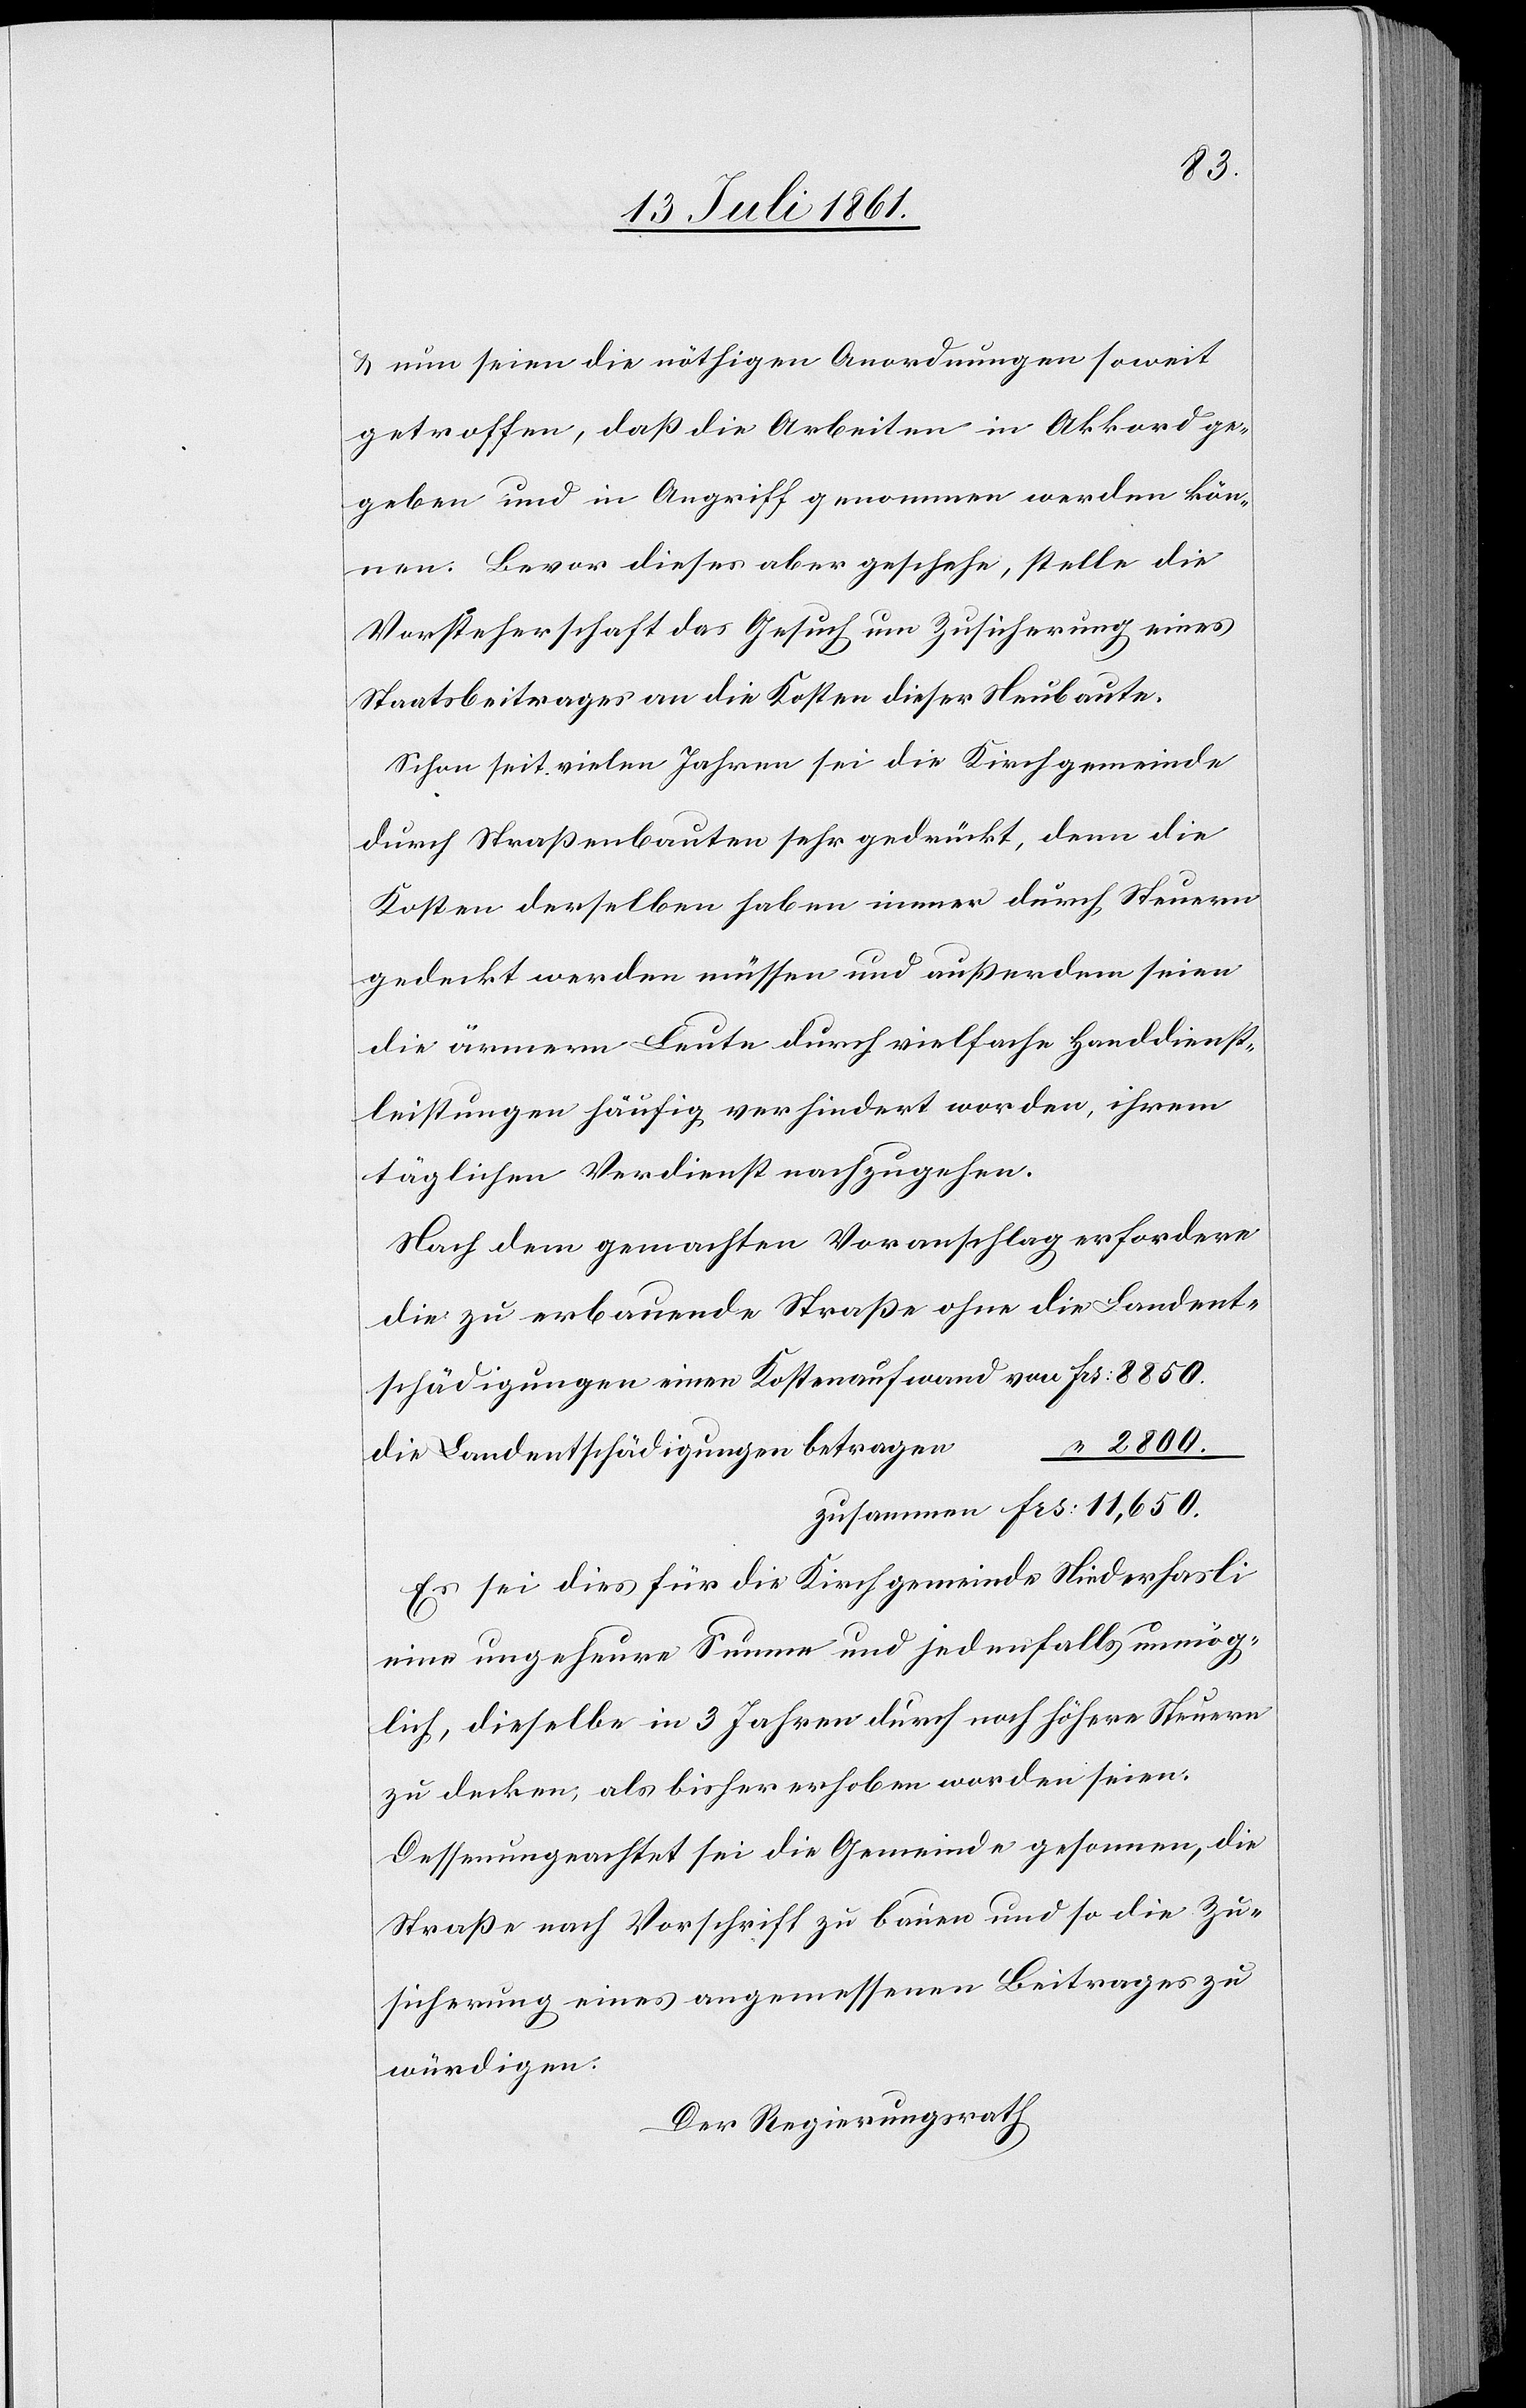
2800.
u. nun seien die nöthigen Anordnungen soweit
getroffen, daß die Arbeiten in Akkord ge¬
geben und in Angriff genommen werden kön¬
nen. Bevor dieses aber geschehe, stelle die
Vorsteherschaft das Gesuch um Zusicherung eines
Staatsbeitrages an die Kosten dieser Neubaute.
Schon seit vielen Jahren sei die Kirchgemeinde
durch Straßenbauten sehr gedrückt, denn die
Kosten derselben haben immer durch Steuern
gedeckt werden müssen und außerdem seien
die ärmern Leute durch vielfache Handdienst¬
leistungen häufig verhindert worden, ihren
täglichen Verdienst nachzugehen.
Nach dem gemachten Voranschlag erfordern
die zu erbauende Straße ohne die Landent¬
schädigungen einen Kostenaufwand von 					Fr.
n						“
die Landentschädigungen betrage¬
zusammen Frs 11,650.
Es sei dies für die Kirchgemeinde Niederhasli
eine ungeheure Summe und jedenfalls unmög¬
lich, dieselbe in 3 Jahren durch noch höhere Steuern
zu decken, als bisher erhoben worden seien.
Dessenungeachtet sei die Gemeinde gesonnen, die
Straße nach Vorschrift zu bauen und so die Zu¬
sicherung eines angemessenen Beitrages zu
würdigen.
Der Regierungsrath